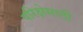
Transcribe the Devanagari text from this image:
परिक्षेसाठी